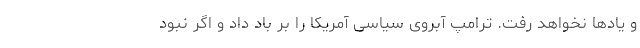
و یادها نخواهد رفت. ترامپ آبروی سیاسی آمریکا را بر باد داد و اگر نبود